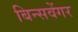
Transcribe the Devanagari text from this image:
बिन्सवेंगर